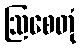
ဩစေတုံ